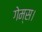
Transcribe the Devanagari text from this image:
गेम्स।